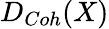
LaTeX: D_{Coh}(X)